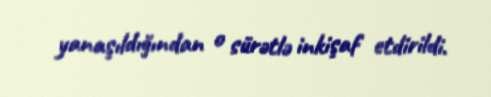
yanaşıldığından o sürətlə inkişaf etdirildi.